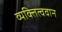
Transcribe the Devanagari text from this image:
व्यक्तित्ववान